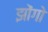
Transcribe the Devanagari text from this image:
झोंगो